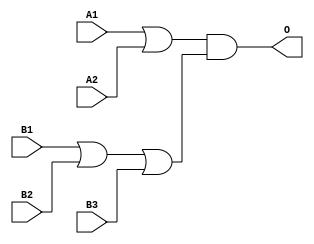
module MJGB23A(A1, A2, B1, B2, B3, O);
input   A1;
input   A2;
input   B1;
input   B2;
input   B3;
output  O;
or g0(w0, A1, A2);
or g1(w3, B1, B2, B3);
and g2(O, w0, w3);
endmodule